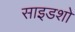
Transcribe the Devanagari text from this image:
साइडशो